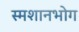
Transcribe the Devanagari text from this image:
स्मशानभोग